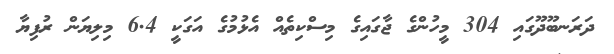
ދަރަނބޫދޫގައި 304 މީހުންގެ ޖާގައިގެ މިސްކިތެއް އެޅުމުގެ އަގަކީ 6.4 މިލިޔަން ރުފިޔާ